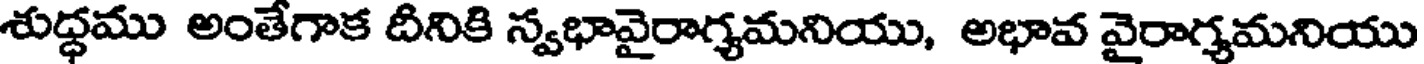
శుద్ధము అంతేగాక దీనికి స్వభావైరాగ్యమనియు, అభావ వైరాగ్యమనియు